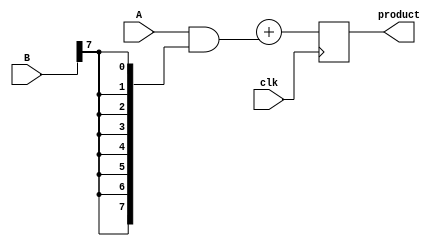
module wallace_tree_multiplier #(parameter N = 8) (
    input wire clk,
    input wire [N-1:0] A,
    input wire [N-1:0] B,
    output reg [2*N-1:0] product
);

    // Partial products
    wire [N-1:0] pp [0:N-1]; // Partial products
    genvar i, j;
    
    // Generate partial products
    generate
        for (i = 0; i < N; i = i + 1) begin : pp_gen
            assign pp[i] = A & {N{B[i]}};
        end
    endgenerate

    // Wallace tree reduction
    wire [2*N-1:0] sum [0:N-1]; // Sums at each level
    wire [N:0] carry [0:N-1];    // Carry bits at each level

    // Initialize the first level with the partial products
    generate
        for (i = 0; i < N; i = i + 1) begin : level_0
            assign sum[i] = {1'b0, pp[i]}; // Extend to 2*N bits
            assign carry[i] = 0; // No carry in the first level
        end
    endgenerate

    // Wallace tree reduction stages
    genvar stage;
    for (stage = 0; stage < N; stage = stage + 1) begin : reduction
        if (stage < N-1) begin
            wire [2*N-1:0] a, b, c;
            wire [2*N-1:0] s1, s2, s3;
            wire [N:0] c1, c2, c3;

            // Group three bits and reduce them
            assign a = sum[3*stage];
            assign b = sum[3*stage + 1];
            assign c = sum[3*stage + 2];

            // Use full adders for the first two and half adder for the last
            assign {c1, s1} = a + b;
            assign {c2, s2} = s1 + c;
            assign carry[stage] = c1 + c2;

            // Store results for the next stage
            assign sum[stage] = s2;
        end
    end

    // Final addition
    wire [2*N-1:0] final_sum;
    wire [N:0] final_carry;

    always @(posedge clk) begin
        // Add the last two rows of sums
        product <= final_sum + sum[N-1];
    end

endmodule